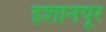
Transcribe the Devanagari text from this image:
इशानपूर